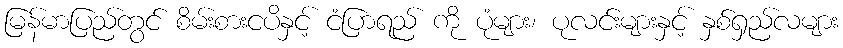
မြန်မာပြည်တွင် စိမ်းစားငပိနှင့် ငံပြာရည် ကို ပုံများ၊ ပုလင်းများနှင့် နှစ်ရှည်လများ